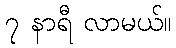
၇ နာရီ လာမယ်။